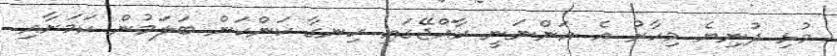
މުޅި ދުނިޔެ މިހާރު އެ އަންނަނީ ރާއްޖޭގައި ހިނގާ ކަންކަން ބަލަމުން ކަމަށާއި